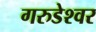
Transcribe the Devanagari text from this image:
गरुडेश्‍वर